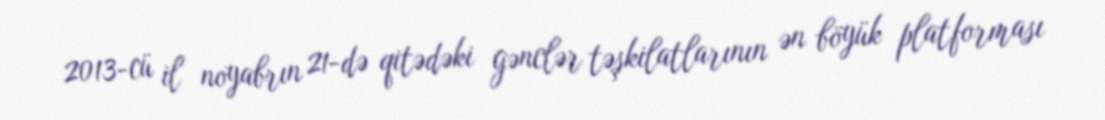
2013-cü il noyabrın 21-də qitədəki gənclər təşkilatlarının ən böyük platforması